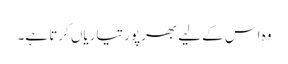
وہ اس کے لیے بھرپور تیاریاں کرتا ہے۔